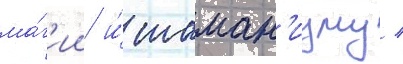
ма́г'ии и́ шаман'изму /